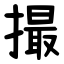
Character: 撮